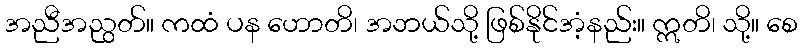
အညီအညွတ်။ ကထံ ပန ဟောတိ၊ အဘယ်သို့ ဖြစ်နိုင်အံ့နည်း။ ဣတိ၊ သို့။ စေ